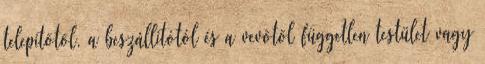
telepítõtõl, a beszállítótól és a vevõtõl független testület vagy